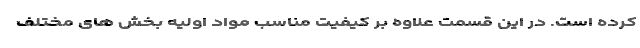
کرده است. در این قسمت علاوه بر کیفیت مناسب مواد اولیه بخش های مختلف